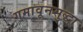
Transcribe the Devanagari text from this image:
गमावूनसुद्धा